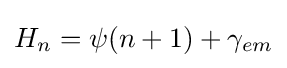
H_{n}=\psi (n+1)+\gamma _{em}